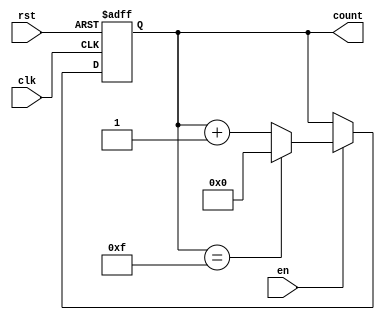
module memory_blocks_binary_counter #(
    parameter INIT_VAL = 4'd0,     // Initial value of the counter
    parameter MAX_VAL = 4'd15       // Maximum value of the counter
) (
    input wire clk,                 // Clock signal
    input wire rst,                 // Asynchronous reset
    input wire en,                  // Enable signal
    output reg [3:0] count          // Current count value (4 bits)
);

    // Internal memory block to hold the current count
    reg [3:0] count_mem;            // Memory block

    // Always block for counter operation
    always @(posedge clk or posedge rst) begin
        if (rst) begin
            // Reset the counter to initial value
            count_mem <= INIT_VAL;
        end else if (en) begin
            // Increment the counter if enabled
            if (count_mem == MAX_VAL) begin
                // Wrap around to the initial value
                count_mem <= INIT_VAL;
            end else begin
                // Increment the counter
                count_mem <= count_mem + 1;
            end
        end
    end

    // Assign the memory value to output count
    always @(count_mem) begin
        count <= count_mem;
    end

endmodule